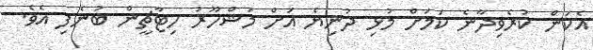
އެކަން ކުރެވިދާނެ ކަމަށް މުޅި ދުނިޔެ އަށް މަޝްހޫރު ހިޓާޗީން ބުނެފި އެވެ.